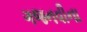
ગજનવીના